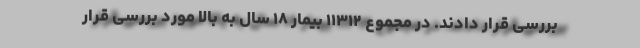
بررسی قرار دادند. در مجموع ۱۱۳۱۲ بیمار ۱۸ سال به بالا مورد بررسی قرار